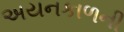
અયનકાળની